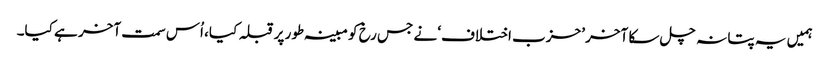
ہمیں یہ پتا نہ چل سکا آخر ’حزب اختلاف‘ نے جس رخ کو مبینہ طور پر قبلہ کیا، اُس سمت آخر ہے کیا۔